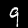
Digit: 9